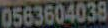
0563604038